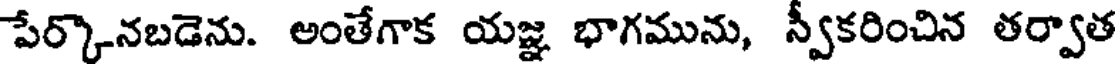
పేర్కొనబడెను. అంతేగాక యజ్ఞ భాగమును, స్వీకరించిన తర్వాత